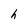
Character: h